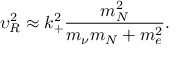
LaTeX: \upsilon _ { R } ^ { 2 } \approx k _ { + } ^ { 2 } \frac { m _ { N } ^ { 2 } } { m _ { \nu } m _ { N } + m _ { e } ^ { 2 } } .